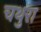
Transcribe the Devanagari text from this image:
चथुरा